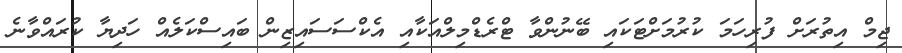
ޖިމް އިތުރަށް ފުރިހަމަ ކުރުމަށްޓަކައި ބޭނުންވާ ޓްރެޑްމިލްއަކާއި އެކްސަސައިޒިން ބައިސްކަލެއް ހަދިޔާ ކުރައްވާނެ